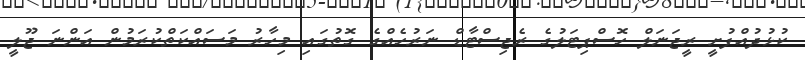
ކުޅުދުއްފުށީ ރީޖަނަލް ހޮސްޕިޓަލުގެ ރެޖިސްޓާޑް ނަރުހެއްގެ ގޮތުގައި މިހާރު މަސައްކަތްކުރަމުން އަންނަ ޖޫލީ